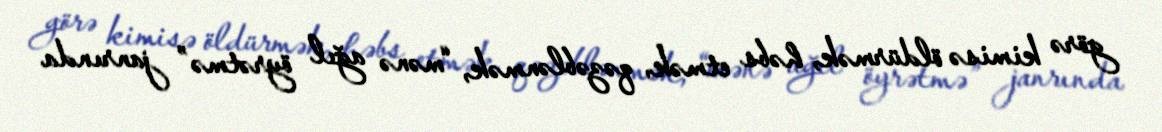
görə kimisə öldürmək, həbs etmək, qəzəblənmək, “mənə ağıl öyrətmə” janrında